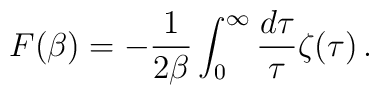
{}F(\beta)=-{1\over 2\beta}\int_0^\infty{d\tau\over\tau}\zeta(\tau)\,.